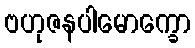
ဗဟုဇနပါမောက္ခော